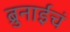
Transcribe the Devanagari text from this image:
ब्रुनाईचं